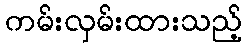
ကမ်းလှမ်းထားသည့်